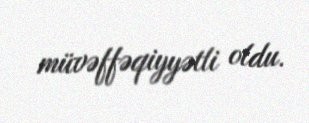
müvəffəqiyyətli oldu.